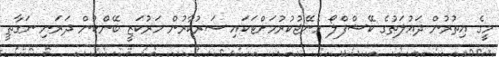
މީގެ އިތުރުން ދައުލަތުގެ ކޭޝްފްލޯ މެނޭޖުކުރުމަށްޓަކައި ސަރުކާރުން މަރުކަޒީ ބޭންކުން ދަރަނި ނަގާތީ